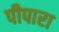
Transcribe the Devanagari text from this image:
पीपारा